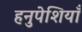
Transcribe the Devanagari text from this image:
हनुपेशियाँ